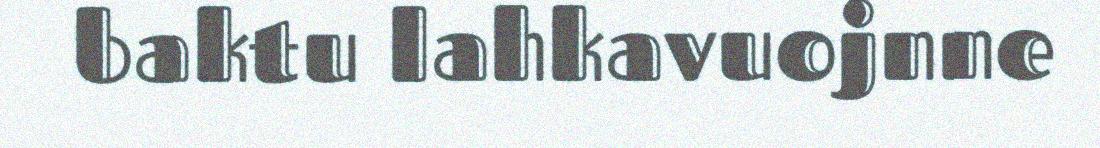
baktu lahkavuojnne